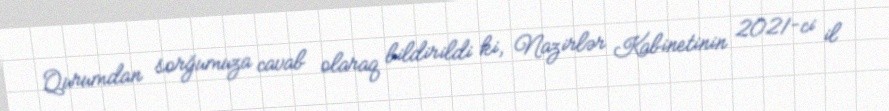
Qurumdan sorğumuza cavab olaraq bildirildi ki, Nazirlər Kabinetinin 2021-ci il